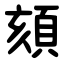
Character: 頦